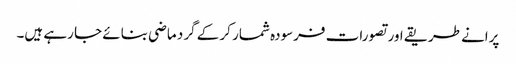
پرانے طریقے اور تصورات فرسودہ شمار کر کے گرد ماضی بنائے جا رہے ہیں۔